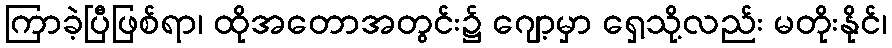
ကြာခဲ့ပြီဖြစ်ရာ၊ ထိုအတောအတွင်း၌ ဂျော့မှာ ရှေ့သို့လည်း မတိုးနိုင်၊